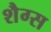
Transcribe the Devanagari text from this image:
शैग्स